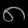
Digit: ၈